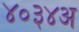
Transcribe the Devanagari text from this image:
४०३४अ